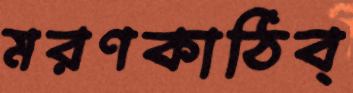
মরণকাঠিব্